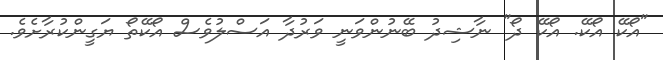
"އޯކޭ އޯކޭ. އޯކޭ ދޯ" ނާޝިދު ބޭނުންވަނީ ވަރުދާ އަސްލުވެސް އޯކޭތޯ ޔަގީންކުރާށެވެ.